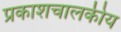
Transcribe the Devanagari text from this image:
प्रकाशचालकीय